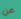
عن